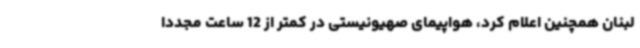
لبنان همچنین اعلام کرد، هواپیمای صهیونیستی در کمتر از 12 ساعت مجددا